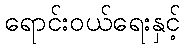
ရောင်းဝယ်ရေးနှင့်